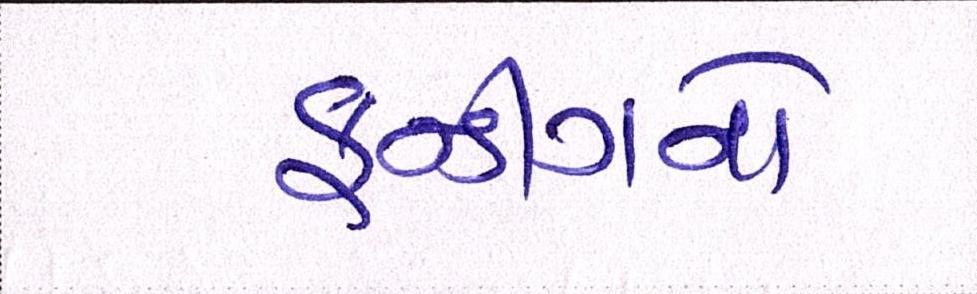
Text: ફન્ડીંગનો